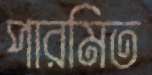
পারমিত